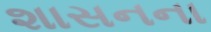
શાસનના